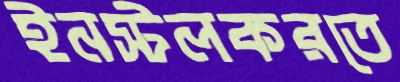
ইনস্টলকরতে